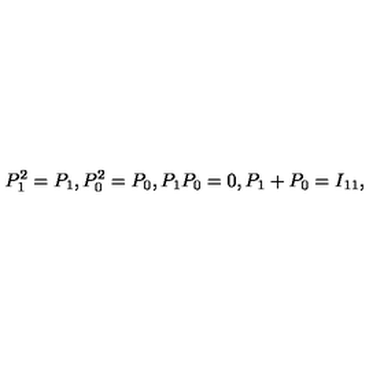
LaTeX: P _ { 1 } ^ { 2 } = P _ { 1 } , P _ { 0 } ^ { 2 } = P _ { 0 } , P _ { 1 } P _ { 0 } = 0 , P _ { 1 } + P _ { 0 } = I _ { 1 1 } ,